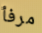
مرفأ